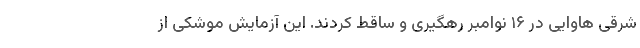
شرقی هاوایی در ۱۶ نوامبر رهگیری و ساقط کردند. این آزمایش موشکی از